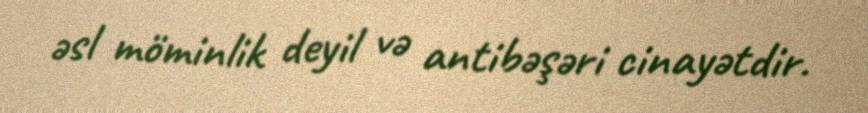
əsl möminlik deyil və antibəşəri cinayətdir.